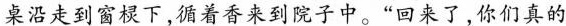
桌沿走到窗棂下，循着香来到院子中。“回来了，你们真的